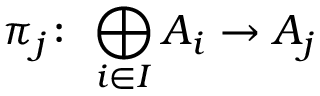
\pi _ { j } \colon \, \bigoplus _ { i \in I } A _ { i } \to A _ { j }